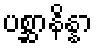
ပစ္ဆာနိန္နာ